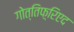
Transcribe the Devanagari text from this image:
गोत्तिफ़्रिएद